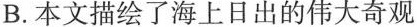
B.本文描绘了海上日出的伟大奇观